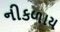
નીકળાય